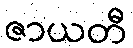
ဇာယတီ